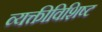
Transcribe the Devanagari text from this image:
व्यक्तीविशिष्ट